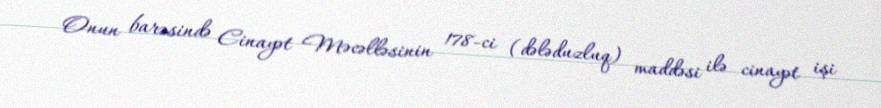
Onun barəsində Cinayət Məcəlləsinin 178-ci (dələduzluq) maddəsi ilə cinayət işi